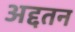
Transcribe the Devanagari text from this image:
अद्दतन